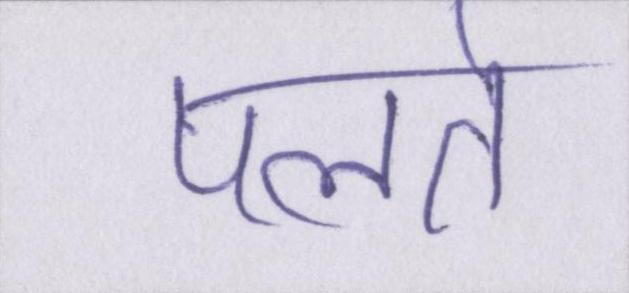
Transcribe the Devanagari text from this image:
पलते